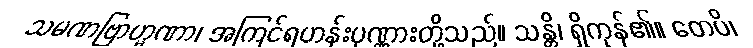
သမဏဗြာဟ္မဏာ၊ အကြင်ရဟန်းပုဏ္ဏားတို့သည်။ သန္တိ၊ ရှိကုန်၏။ တေပိ၊